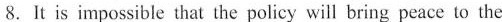
8.It is impossible that the policy will bring peace to the